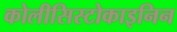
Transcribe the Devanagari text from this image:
कोलीसिस्टोकाइनिन